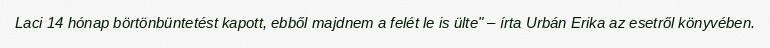
Laci 14 hónap börtönbüntetést kapott, ebből majdnem a felét le is ülte" – írta Urbán Erika az esetről könyvében.